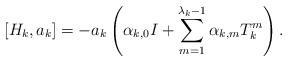
LaTeX: \begin{align*}[H_{k},a_{k}]=-a_{k} \left(\alpha_{k,0} I + \sum_{m=1}^{\lambda_{k}-1}\alpha_{k,m}T_{k}^{m}\right).\end{align*}